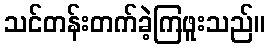
သင်တန်းတက်ခဲ့ကြဖူးသည်။